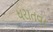
ધરાતવા